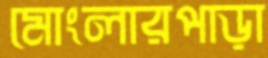
মোংলারপাড়া